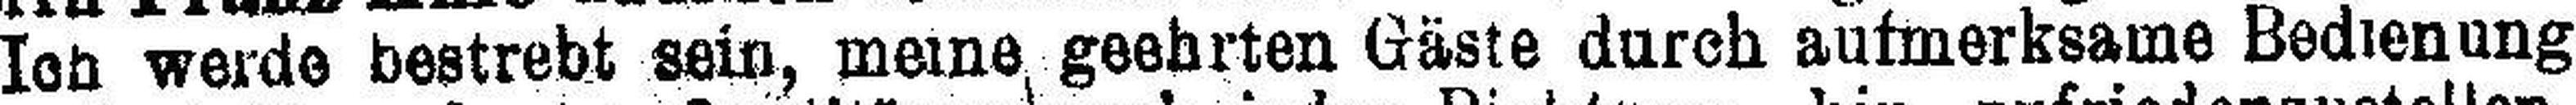
Ich werde bestrebt sein, meine geehrten Gäste durch aufmerksame Bedienung